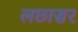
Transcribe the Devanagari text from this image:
लछासर